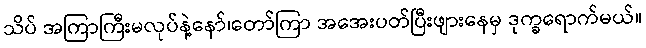
သိပ် အကြာကြီးမလုပ်နဲ့နော်၊တော်ကြာ အအေးပတ်ပြီးဖျားနေမှ ဒုက္ခရောက်မယ်။